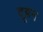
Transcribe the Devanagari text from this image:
दूहन